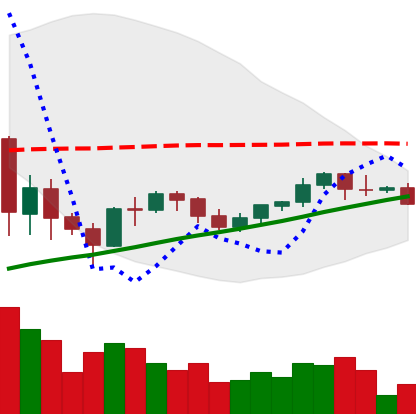
Ticker: BNB-USD
Chart end date: 2021-06-07
Forward return: -3.798%
Label: down_3_5